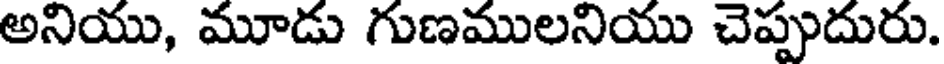
అనియు, మూడు గుణములనియు చెప్పుదురు.